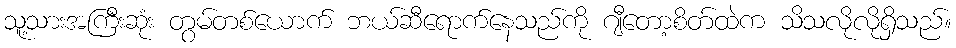
သူ့သားအကြီးဆုံး တွမ်တစ်ယောက် ဘယ်ဆီရောက်နေသည်ကို ဂျီတော့စိတ်ထဲက သိသလိုလိုရှိသည်။